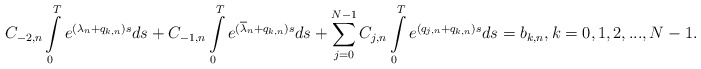
\begin{align*}C_{-2,n}\int\limits_0^Te^{(\lambda_n+q_{k,n})s}ds+C_{-1,n}\int\limits_0^Te^{(\overline{\lambda}_n+q_{k,n})s}ds+\sum\limits_{j=0}^{N-1}C_{j,n}\int\limits_0^Te^{(q_{j,n}+q_{k,n})s}ds=b_{k,n},k=0,1,2,...,N-1.\end{align*}